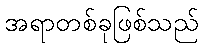
အရာတစ်ခုဖြစ်သည်